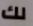
لك